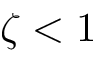
\zeta < 1